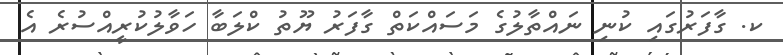
ކ. ގާފަރުގައި ކުނި ނައްތާލުގެ މަސައްކަތް ގާފަރު ޔޫތު ކްލަބާ ހަވާލުކުރީއްސުރެ އެ